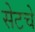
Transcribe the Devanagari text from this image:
सेटचे